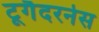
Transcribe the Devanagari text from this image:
टूगैदरनेस